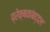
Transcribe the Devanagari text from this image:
प्रेक्षकांबद्दल